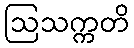
ဩသက္ကတိ